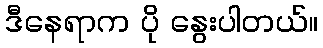
ဒီနေရာက ပို နွေးပါတယ်။